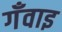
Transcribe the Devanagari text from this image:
गँवाइ